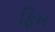
ફિખ